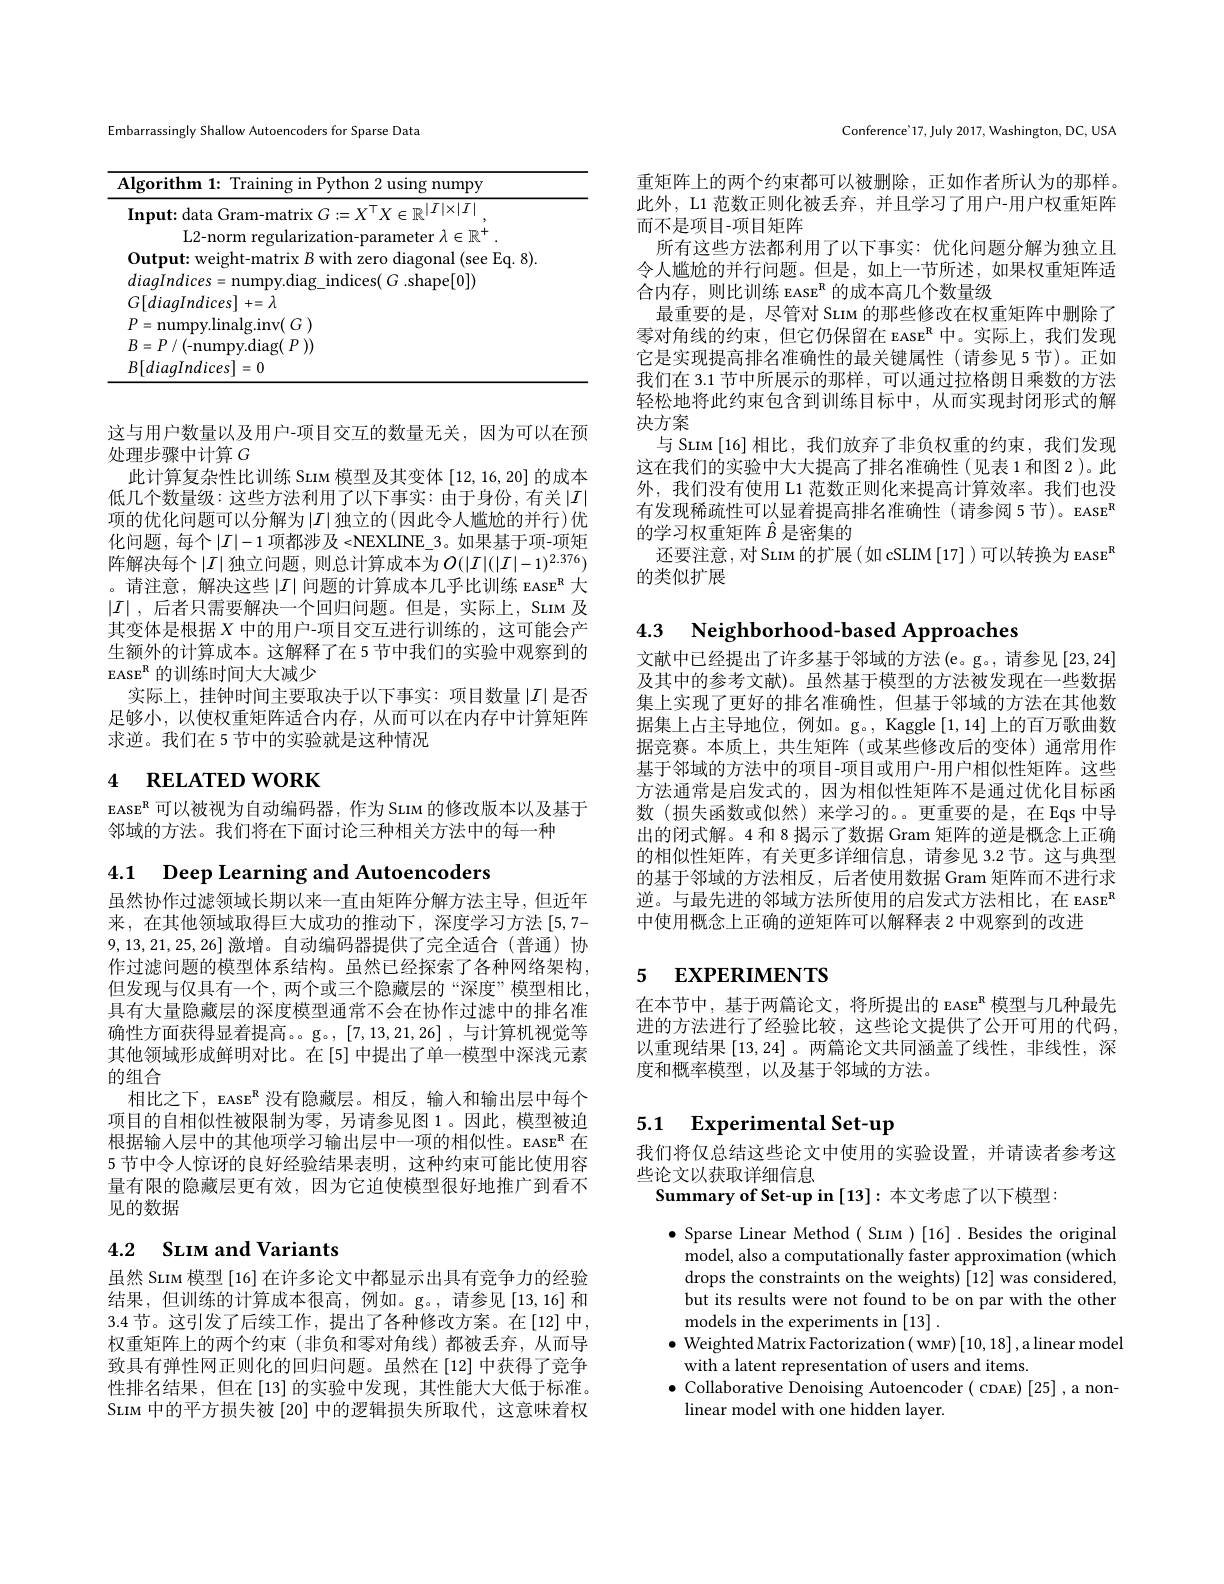
Embarrassingly Shallow Autoencoders for Sparse Data
<table>
	<tbody>
		<tr>
			<th>TII</th>
			<th>thm 1: Training in Python 2 using numpy</th>
		</tr>
		<tr>
			<td> </td>
			<td>$+=\lambda$</td>
		</tr>
		<tr>
			<td> </td>
			<td>( $G$ ) $|\sigma$inv(</td>
		</tr>
		<tr>
			<td> </td>
			<td>$P$ ) 111m fiao</td>
		</tr>
		<tr>
			<td> </td>
			<td>0</td>
		</tr>
	</tbody>
</table>

这与用户数量以及用户-项目交互的数量无关，因为可以在预
处理步骤中计算$G$
此计算复杂性比训练 Sum 模型及其变体[12,16,20]的成本低几个数量级：这些方法利用了以下事实：由于身份，有关$|I|$ 项的优化问题可以分解为$\left|I\right|$独立的$\left(\text{因此令人尴尬的并行}\right)$优化问题，每个$|I|-1$ 项都涉及<NEXLINE\_3。如果基于项-项矩阵解决每个$|I|$独立问题，则总计算成本为$O(|I|(|I|-1)^2.376)$ 。请注意，解决这些$\left|I\right|$问题的计算成本几乎比训练 EASE$^{\mathrm{R}}$ 大$|I|$ ,后者只需要解决一个回归问题。但是，实际上，Sum 及其变体是根据$X$中的用户-项目交互进行训练的，这可能会产生额外的计算成本。这解释了在 5 节中我们的实验中观察到的EASE$^{\mathrm{R}}$的训练时间大大减少
实际上，挂钟时间主要取决于以下事实：项目数量$\left|I\right|$是否足够小，以使权重矩阵适合内存，从而可以在内存中计算矩阵求逆。我们在 5 节中的实验就是这种情况

# 4 RELATED WORK

EASE$^{\mathrm{R}}$可以被视为自动编码器，作为 Sunм 的修改版本以及基于
邻域的方法。我们将在下面讨论三种相关方法中的每一种

4.1 Deep Learning and Autoencoders

虽然协作过滤领域长期以来一直由矩阵分解方法主导，但近年来，在其他领域取得巨大成功的推动下，深度学习方法[5,7- 9,13,21,25,26]激增。自动编码器提供了完全适合(普通)协作过滤问题的模型体系结构。虽然已经探索了各种网络架构， 但发现与仅具有一个，两个或三个隐藏层的“深度”模型相比， 具有大量隐藏层的深度模型通常不会在协作过滤中的排名准确性方面获得显着提高。g。,[7,13,21,26],与计算机视觉等其他领域形成鲜明对比。在[5]中提出了单一模型中深浅元素的组合
相比之下，EASE$^\mathrm{R}$没有隐藏层。相反，输入和输出层中每个项目的自相似性被限制为零，另请参见图 1。因此，模型被迫根据输入层中的其他项学习输出层中一项的相似性。EASE$^{\mathrm{R}}$在5 节中令人惊讶的良好经验结果表明，这种约束可能比使用容量有限的隐藏层更有效，因为它迫使模型很好地推广到看不见的数据

# 4.2 SLIM and Variants

虽然 Sunм 模型 [16] 在许多论文中都显示出具有竞争力的经验结果，但训练的计算成本很高，例如。g。,请参见[13,16]和3.4节。这引发了后续工作，提出了各种修改方案。在[12]中， 权重矩阵上的两个约束(非负和零对角线)都被丢弃，从而导致具有弹性网正则化的回归问题。虽然在[12]中获得了竞争性排名结果，但在[13]的实验中发现，其性能大大低于标准。SLIM 中的平方损失被[20] 中的逻辑损失所取代，这意味着权

Conference'17, July 2017, Washington, DC, USA

重矩阵上的两个约束都可以被删除，正如作者所认为的那样。此外，L1 范数正则化被丢弃，并且学习了用户-用户权重矩阵而不是项目-项目矩阵
所有这些方法都利用了以下事实：优化问题分解为独立且令人尴尬的并行问题。但是，如上一节所述，如果权重矩阵适合内存，则比训练 EASE$^{\mathrm{R}}$的成本高几个数量级
最重要的是，尽管对 SLIM 的那些修改在权重矩阵中删除了零对角线的约束，但它仍保留在 EASE$^\mathrm{R}$中。实际上，我们发现它是实现提高排名准确性的最关键属性(请参见 5节)。正如我们在 3.1 节中所展示的那样 , 可以通过拉格朗日乘数的方法轻松地将此约束包含到训练目标中，从而实现封闭形式的解决方案
与 Suim [16] 相比，我们放弃了非负权重的约束，我们发现这在我们的实验中大大提高了排名准确性(见表1和图2)。此外，我们没有使用 L1 范数正则化来提高计算效率。我们也没有发现稀疏性可以显着提高排名准确性(请参阅 5 节)。EASE$^{\mathrm{R}}$ 的学习权重矩阵$\hat{B}$是密集的
还要注意，对 SLIM 的扩展(如 cSLIM [17] )可以转换为 EASE$^{\mathrm{R}}$
的类似扩展

4.3 Neighborhood-based Approaches

文献中已经提出了许多基于邻域的方法(e。g。, 请参见[23,24] 及其中的参考文献)。虽然基于模型的方法被发现在一些数据集上实现了更好的排名准确性，但基于邻域的方法在其他数据集上占主导地位，例如。g。, Kaggle [1,14]上的百万歌曲数据竞赛。本质上，共生矩阵 (或某些修改后的变体)通常用作基于邻域的方法中的项目-项目或用户-用户相似性矩阵。这些方法通常是启发式的，因为相似性矩阵不是通过优化目标函数(损失函数或似然)来学习的。。更重要的是，在Eqs 中导出的闭式解。4 和 8 揭示了数据 Gram 矩阵的逆是概念上正确的相似性矩阵，有关更多详细信息，请参见 3.2 节。这与典型的基于邻域的方法相反，后者使用数据 Gram 矩阵而不进行求逆。与最先进的邻域方法所使用的启发式方法相比，在 EASE 中使用概念上正确的逆矩阵可以解释表 2 中观察到的改进

# 5 EXPERIMENTS

在本节中，基于两篇论文，将所提出的 EASE$^{\mathrm{R}}$模型与几种最先进的方法进行了经验比较，这些论文提供了公开可用的代码， 以重现结果[13,24] 。两篇论文共同涵盖了线性，非线性，深度和概率模型，以及基于邻域的方法。

## 5.1 Experimental Set-up

我们将仅总结这些论文中使用的实验设置，并请读者参考这
些论文以获取详细信息
Summary of Set-up in [13]:本文考虑了以下模型：

$\bullet$ Sparse Linear Method ( Sunm )[16]. Besides the original
model, also a computationally faster approximation (which drops the constraints on the weights) [12] was considered, but its results were not found to be on par with the other models in the experiments in [13]
$\bullet$ Weighted Matrix Factorization( wMF)[10, 18], a linear model
with a latent representation of users and items
$\bullet$ Collaborative Denoising Autoencoder ( coae) [25], a non-
linear model with one hidden layer.